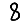
Digit: 8